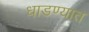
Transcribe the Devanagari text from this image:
धाडण्यात